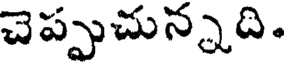
చెప్పుచున్నది.